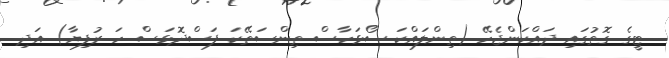
ޓީގެ ގޮތުގައި ދައްކަންޖެހޭ (ތިންލައްކަ ސޯޅަހާސް ތިންސަތޭކަ ފަސްދޮޅަސް ހަ ރުފިޔާ) އަދި